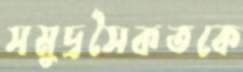
সমুদ্রসৈকতকে